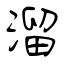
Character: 溜